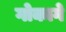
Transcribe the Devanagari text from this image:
गोकागे